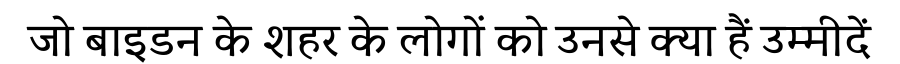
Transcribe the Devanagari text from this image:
जो बाइडन के शहर के लोगों को उनसे क्या हैं उम्मीदें